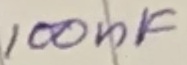
Text: 100nF